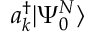
a _ { k } ^ { \dagger } | \Psi _ { 0 } ^ { N } \rangle